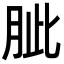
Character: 𦚚